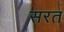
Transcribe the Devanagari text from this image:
सरत